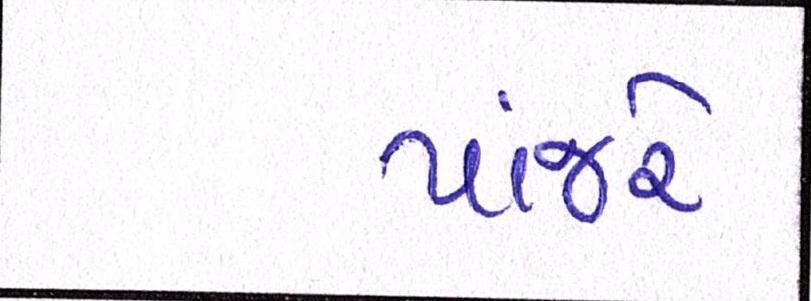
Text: પાંજરે